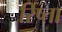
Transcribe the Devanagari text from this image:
रिष्ता